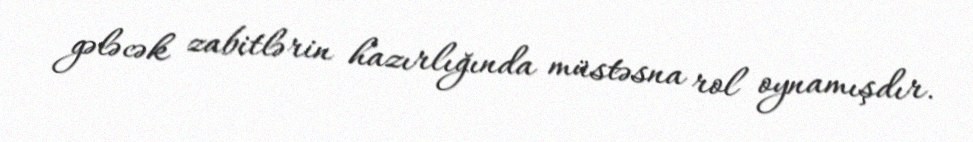
gələcək zabitlərin hazırlığında müstəsna rol oynamışdır.